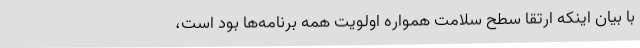
با بیان اینکه ارتقا سطح سلامت همواره اولویت همه برنامه‌ها بود است،